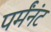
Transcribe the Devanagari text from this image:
पर्मंनंट